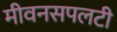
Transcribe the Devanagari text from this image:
मीवनसपलटी